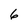
Character: 6